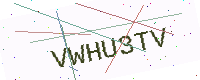
Text: VWHU3TV